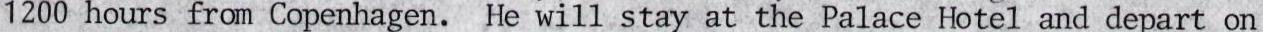
1200 hours from Copenhagen. He will stay at the Palace Hotel and depart on